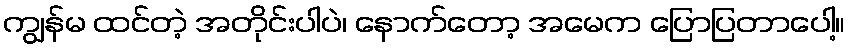
ကျွန်မ ထင်တဲ့ အတိုင်းပါပဲ၊ နောက်တော့ အမေက ပြောပြတာပေါ့။